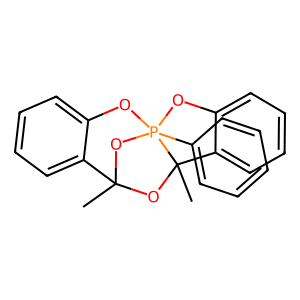
SMILES: CC12OC3(C)c4ccccc4OP3(c3ccccc3)(Oc3ccccc31)O2
Inhibits HIV replication: No